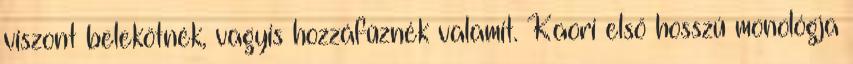
viszont belekötnék, vagyis hozzáfűznék valamit. Kaori első hosszú monológja